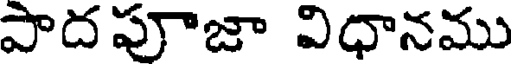
పాదపూజా విధానము